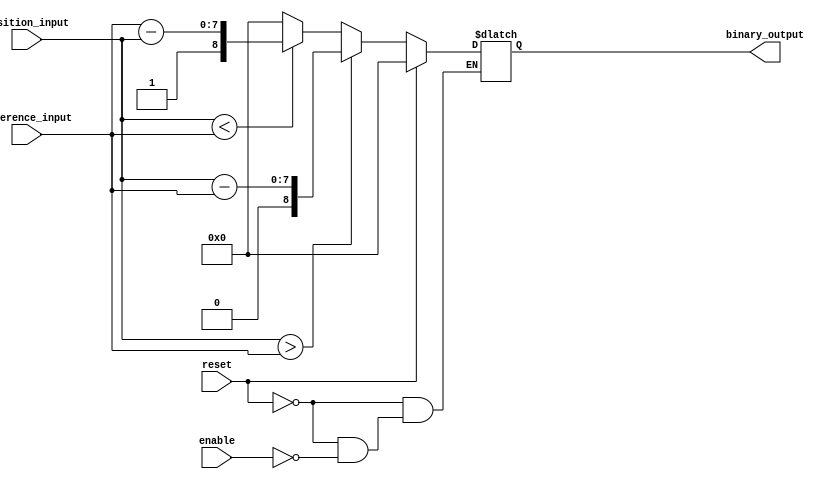
module relative_encoder #(
    parameter N_BITS = 8,  // Number of bits for position inputs
    parameter B_BITS = N_BITS + 1 // Output bits (1 extra for sign)
)(
    input wire [N_BITS-1:0] position_input, // Current position (N)
    input wire [N_BITS-1:0] reference_input, // Reference position (R)
    input wire reset, // Reset signal
    input wire enable, // Enable signal
    output reg [B_BITS-1:0] binary_output // Encoded relative position (B)
);

    always @(*) begin
        if (reset) begin
            binary_output = 0; // Reset output to zero
        end else if (enable) begin
            if (position_input > reference_input) begin
                // Positive relative position
                binary_output = {1'b0, position_input - reference_input}; // Sign bit = 0
            end else if (position_input < reference_input) begin
                // Negative relative position
                binary_output = {1'b1, reference_input - position_input}; // Sign bit = 1
            end else begin
                // No change
                binary_output = {1'b0, {N_BITS{1'b0}}}; // Sign bit = 0, magnitude = 0
            end
        end else begin
            binary_output = binary_output; // Maintain current output if not enabled
        end
    end

endmodule